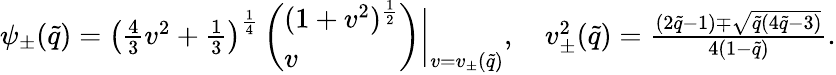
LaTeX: \begin{array}{r}{\psi_{\pm}(\tilde{q})=\left(\frac{4}{3}v^{2}+\frac{1}{3}\right)^{\frac{1}{4}}\left(\begin{array}{l}{(1+v^{2})^{\frac{1}{2}}}\\ {v}\end{array}\right)\bigg\vert_{v=v_{\pm}(\tilde{q})},\quad v_{\pm}^{2}(\tilde{q})=\frac{(2\tilde{q}-1)\mp\sqrt{\tilde{q}(4\tilde{q}-3)}}{4(1-\tilde{q})}.}\end{array}